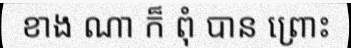
ខាង ណា ក៏ ពុំ បាន ព្រោះ